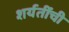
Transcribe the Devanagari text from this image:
शर्यतींची